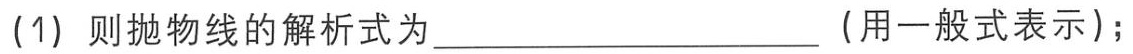
(1) 则抛物线的解析式为____________________（用一般式表示）；